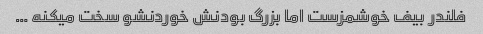
فلندر بیف خوشمزست اما بزرگ بودنش خوردنشو سخت میکنه …